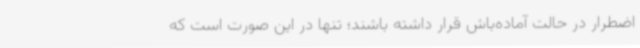
اضطرار در حالت آماده‌باش قرار داشته باشند؛ تنها در این صورت است که